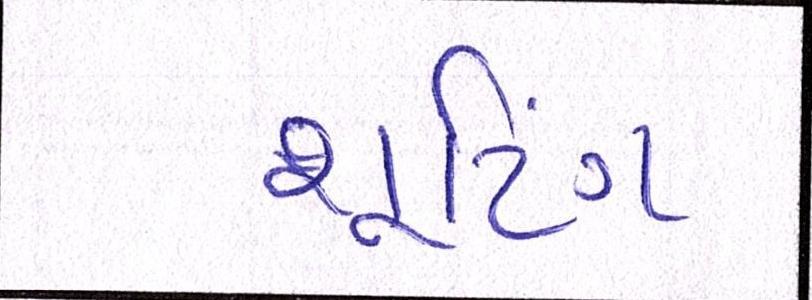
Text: શૂટિંગ